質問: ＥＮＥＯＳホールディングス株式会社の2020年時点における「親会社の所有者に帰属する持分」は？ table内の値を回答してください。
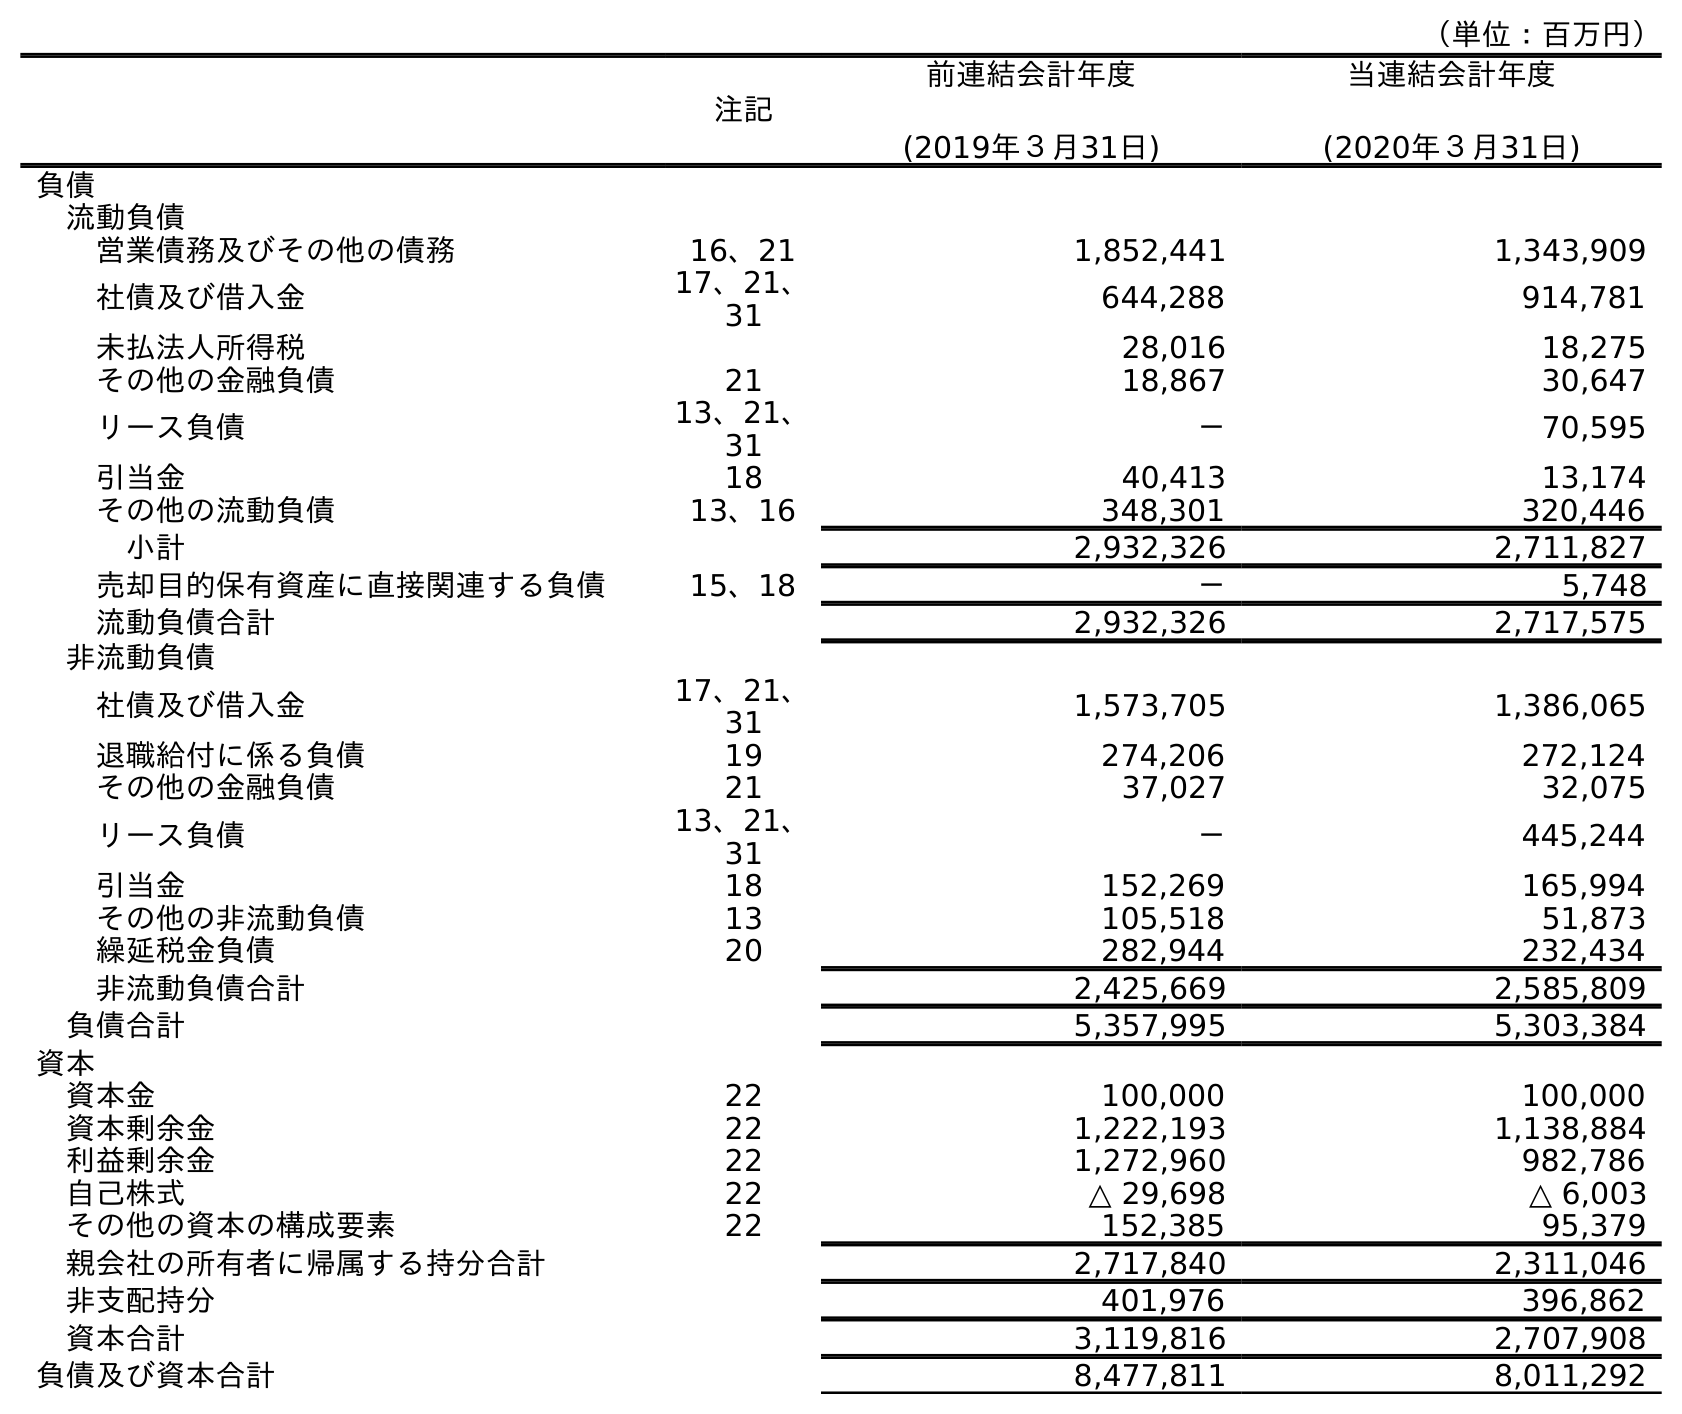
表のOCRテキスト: （単位：百万円） 注記 前連結会計年度 (2019年３月31日) 当連結会計年度 (2020年３月31日) 負債 流動負債 営業債務及びその他の債務 16、21 1,852,441 1,343,909 社債及び借入金 17、21、 31 644,288 914,781 未払法人所得税 28,016 18,275 その他の金融負債 21 18,867 30,647 リース負債 13、21、 31 － 70,595 引当金 18 40,413 13,174 その他の流動負債 13、16 348,301 320,446 小計 2,932,326 2,711,827 売却目的保有資産に直接関連する負債 15、18 － 5,748 流動負債合計 2,932,326 2,717,575 非流動負債 社債及び借入金 17、21、 31 1,573,705 1,386,065 退職給付に係る負債 19 274,206 272,124 その他の金融負債 21 37,027 32,075 リース負債 13、21、 31 － 445,244 引当金 18 152,269 165,994 その他の非流動負債 13 105,518 51,873 繰延税金負債 20 282,944 232,434 非流動負債合計 2,425,669 2,585,809 負債合計 5,357,995 5,303,384 資本 資本金 22 100,000 100,000 資本剰余金 22 1,222,193 1,138,884 利益剰余金 22 1,272,960 982,786 自己株式 22 △ 29,698 △ 6,003 その他の資本の構成要素 22 152,385 95,379 親会社の所有者に帰属する持分合計 2,717,840 2,311,046 非支配持分 401,976 396,862 資本合計 3,119,816 2,707,908 負債及び資本合計 8,477,811 8,011,292
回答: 2,311,046